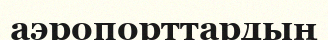
аэропорттардың